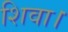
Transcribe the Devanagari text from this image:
शिवा।